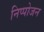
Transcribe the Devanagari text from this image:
निप्‍पोजन